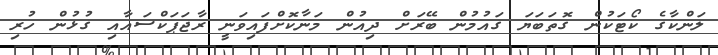
ލަންކާގެ ކޯޓަކުން ގޮތަބަޔަ ގައުމުން ބޭރަށް ދިއުން މަނާކޮށްފައިވަނީ ރާޖަޕަކްސައާއި ގުޅުން ހުރި